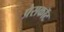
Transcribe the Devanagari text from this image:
प्रेसकॉट